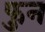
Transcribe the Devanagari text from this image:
फुन